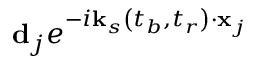
\mathbf { d } _ { j } e ^ { - i \mathbf { k } _ { s } \left( t _ { b } , t _ { r } \right) \cdot \mathbf { x } _ { j } }